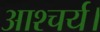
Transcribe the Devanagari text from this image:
आश्चर्य।